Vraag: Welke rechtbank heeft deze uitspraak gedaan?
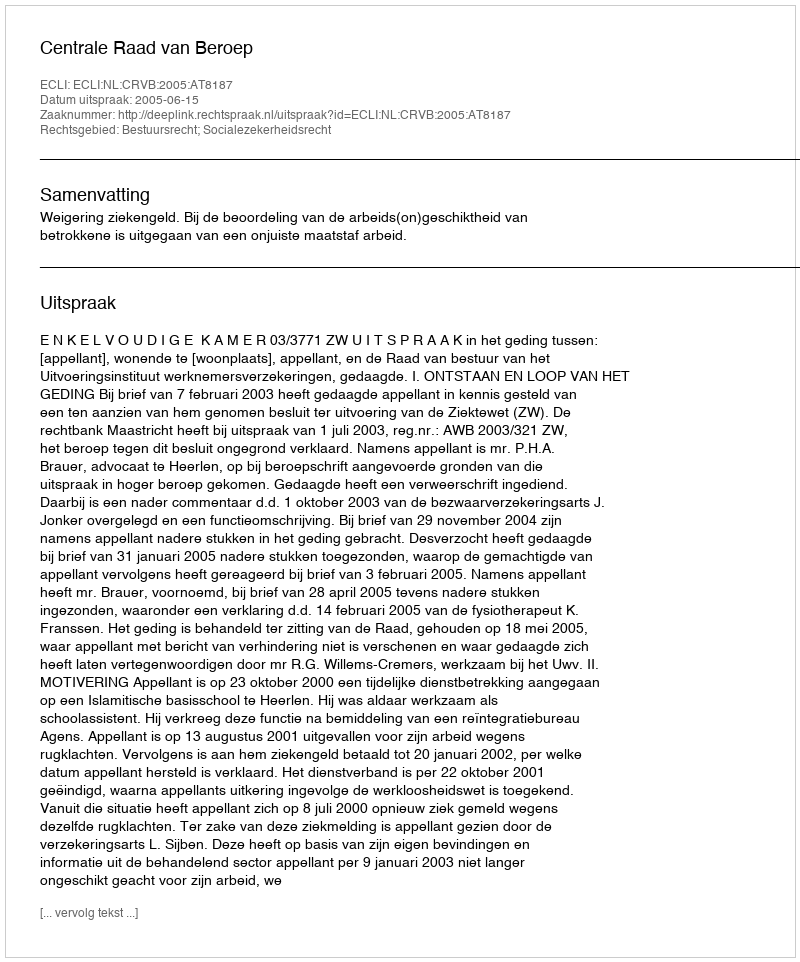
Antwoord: Centrale Raad van Beroep